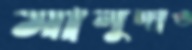
মালুদাও